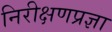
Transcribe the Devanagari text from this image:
निरीक्षणप्रज्ञा